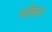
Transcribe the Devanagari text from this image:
पतिला